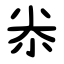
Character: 尜